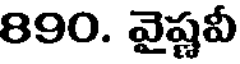
890. వైష్ణవీ